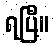
ရပြီ။